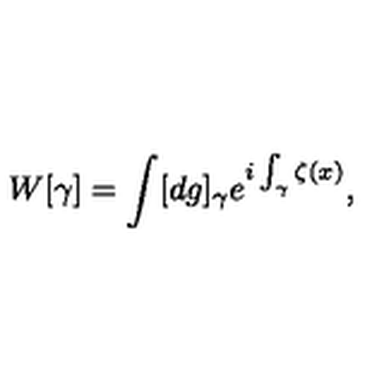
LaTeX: W [ \gamma ] = \int [ d g ] _ { \gamma } e ^ { i \int _ { \gamma } \zeta ( x ) } ,